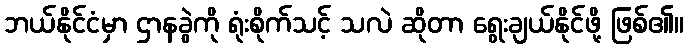
ဘယ်နိုင်ငံမှာ ဌာနခွဲကို ရုံးစိုက်သင့် သလဲ ဆိုတာ ရွေးချယ်နိုင်ဖို့ ဖြစ်၏။